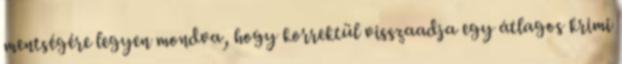
mentségére legyen mondva, hogy korrektül visszaadja egy átlagos krimi